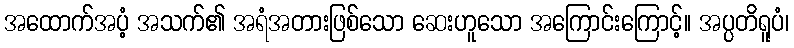
အထောက်အပံ့ အသက်၏ အရံအတားဖြစ်သော ဆေးဟူသော အကြောင်းကြောင့်။ အပ္ပတိရူပံ၊